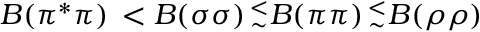
B ( \pi ^ { \ast } \pi ) \, < B ( \sigma \sigma ) \, _ { \sim } ^ { < } B ( \pi \pi ) \, _ { \sim } ^ { < } B ( \rho \rho )